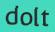
dolt